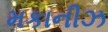
મકાનીઝ